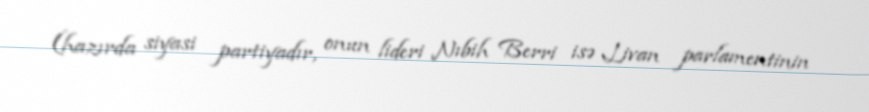
(hazırda siyasi partiyadır, onun lideri Nıbih Berri isə Livan parlamentinin